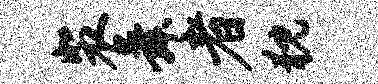
裴舜者猊